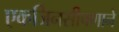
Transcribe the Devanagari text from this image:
एकजिनसीपणाने